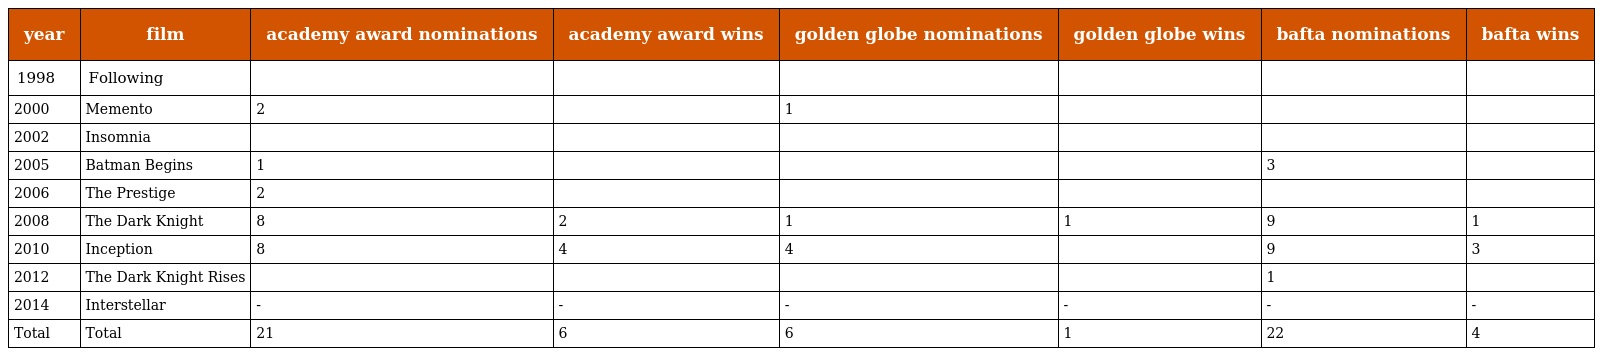
| year | film | academy award nominations | academy award wins | golden globe nominations | golden globe wins | bafta nominations | bafta wins |
 | --- | --- | --- | --- | --- | --- | --- | --- |
 | 1998 | Following |  |  |  |  |  |  |
 | 2000 | Memento | 2 |  | 1 |  |  |  |
 | 2002 | Insomnia |  |  |  |  |  |  |
 | 2005 | Batman Begins | 1 |  |  |  | 3 |  |
 | 2006 | The Prestige | 2 |  |  |  |  |  |
 | 2008 | The Dark Knight | 8 | 2 | 1 | 1 | 9 | 1 |
 | 2010 | Inception | 8 | 4 | 4 |  | 9 | 3 |
 | 2012 | The Dark Knight Rises |  |  |  |  | 1 |  |
 | 2014 | Interstellar | - | - | - | - | - | - |
 | Total | Total | 21 | 6 | 6 | 1 | 22 | 4 |